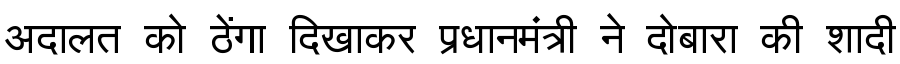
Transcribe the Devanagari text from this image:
अदालत को ठेंगा दिखाकर प्रधानमंत्री ने दोबारा की शादी